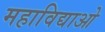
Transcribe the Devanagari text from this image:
महाविद्याओ